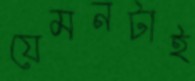
যেমনটাই